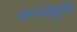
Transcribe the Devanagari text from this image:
वन्यभूमि